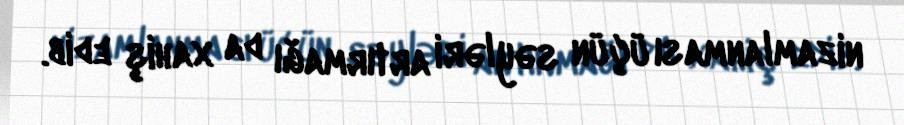
nizamlanması üçün səyləri artırmağı da xahiş edib.